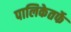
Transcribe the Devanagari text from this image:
पालिकेतर्फे